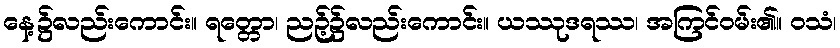
နေ့၌လည်းကောင်း။ ရတ္တော၊ ညဉ့်၌လည်းကောင်း။ ယဿုဒရဿ၊ အကြင်ဝမ်း၏။ ဝသံ၊